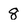
Character: 8